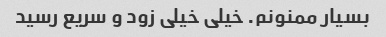
بسیار ممنونم. خیلی خیلی زود و سریع رسید